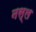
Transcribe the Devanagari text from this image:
नस्‍ल